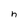
Character: h